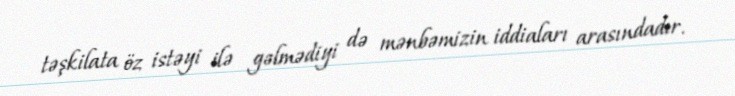
təşkilata öz istəyi ilə gəlmədiyi də mənbəmizin iddiaları arasındadır.